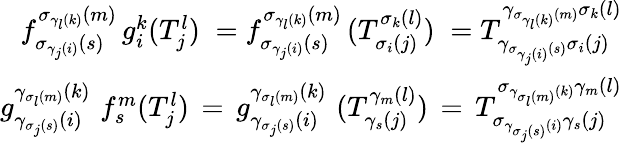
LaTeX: \begin{array}{r}{f_{\sigma_{\gamma_{j}(i)}(s)}^{\sigma_{\gamma_{l}(k)}(m)}\, g_{i}^{k}(T_{j}^{l})\; =f_{\sigma_{\gamma_{j}(i)}(s)}^{\sigma_{\gamma_{l}(k)}(m)}\, (T_{\sigma_{i}(j)}^{\sigma_{k}(l)})\; =T_{\gamma_{\sigma_{\gamma_{j}(i)}(s)}\sigma_{i}(j)}^{\gamma_{\sigma_{\gamma_{l}(k)}(m)}\sigma_{k}(l)}}\\ {g_{\gamma_{\sigma_{j}(s)}(i)}^{\gamma_{\sigma_{l}(m)}(k)}\, \, f_{s}^{m}(T_{j}^{l})\, =\, g_{\gamma_{\sigma_{j}(s)}(i)}^{\gamma_{\sigma_{l}(m)}(k)}\, \, (T_{\gamma_{s}(j)}^{\gamma_{m}(l)})\, =\, T_{\sigma_{\gamma_{\sigma_{j}(s)}(i)}\gamma_{s}(j)}^{\sigma_{\gamma_{\sigma_{l}(m)}(k)}\gamma_{m}(l)}}\end{array}